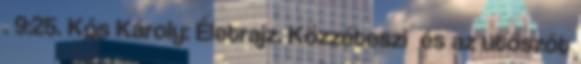
. 9:25. Kós Károly: Életrajz. Közzéteszi és az utószót